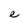
Character: e